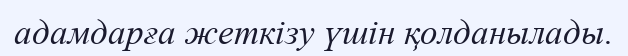
адамдарға жеткізу үшін қолданылады.